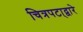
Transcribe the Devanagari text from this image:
चित्रपटा्द्वारे